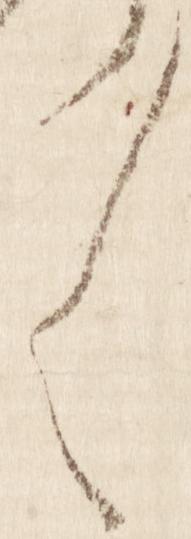
々